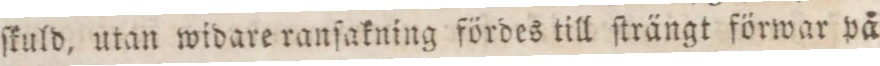
ſkuld, utan widare ranſakning fördes till ſträngt förwar på